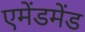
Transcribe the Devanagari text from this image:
एमेंडमेंड